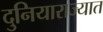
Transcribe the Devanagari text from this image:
दुनियाराज्यात